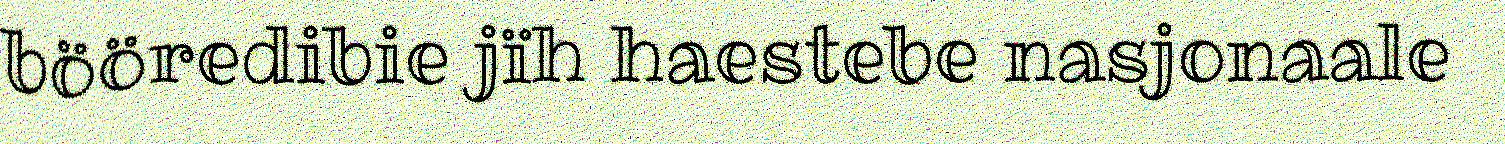
bööredibie jïh haestebe nasjonaale